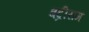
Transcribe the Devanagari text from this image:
बद्रीराम